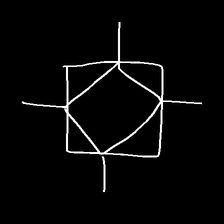
Glyph: light